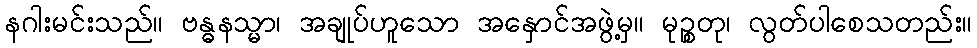
နဂါးမင်းသည်။ ဗန္ဓနသ္မာ၊ အချုပ်ဟူသော အနှောင်အဖွဲ့မှ။ မုဉ္စတု၊ လွတ်ပါစေသတည်း။